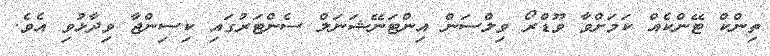
ތިންކް ޓޭންކެއް ކަމަށްވާ ވޫޑްރޯ ވިލްސަން އިންޓަނޭޝަނަލް ސެންޓަރުގައި ކިސިންޖާ ވިދާޅުވި އެވެ.